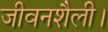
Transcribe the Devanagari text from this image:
जीवनशैली।